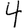
Digit: 4